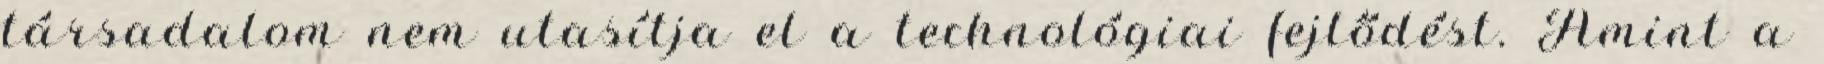
társadalom nem utasítja el a technológiai fejlődést. Amint a